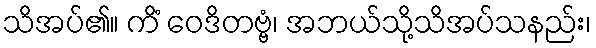
သိအပ်၏။ ကိံ ဝေဒိတဗ္ဗံ၊ အဘယ်သို့သိအပ်သနည်း၊